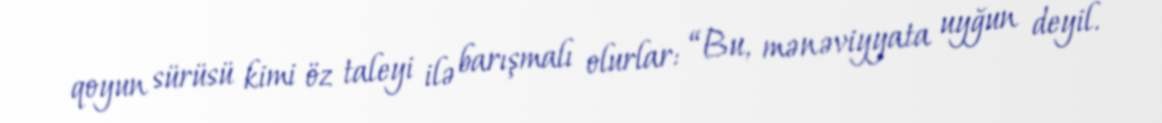
qoyun sürüsü kimi öz taleyi ilə barışmalı olurlar: “Bu, mənəviyyata uyğun deyil.